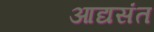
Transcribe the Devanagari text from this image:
आद्यसंत